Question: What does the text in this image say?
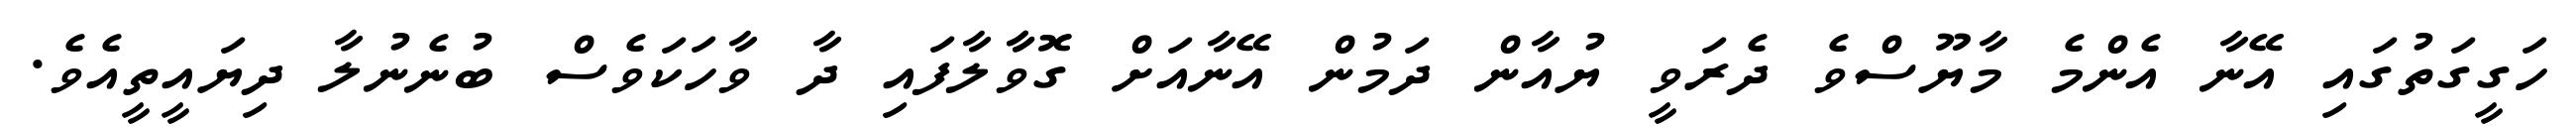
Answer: ހަގީގަތުގައި އޭނާ އެންމެ މާޔޫސްވެ ދެރަވީ ޔުއާން ދަމުން އޭނާއަށް ގޮވާާލާފައި ދާ ވާހަކަވެސް ބުނެނުލާ ދިޔައީތީއެވެ.